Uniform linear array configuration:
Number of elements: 64
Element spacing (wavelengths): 0.75
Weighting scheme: binomial
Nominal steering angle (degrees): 15
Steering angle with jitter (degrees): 15.095
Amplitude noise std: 0.05
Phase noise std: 0.05

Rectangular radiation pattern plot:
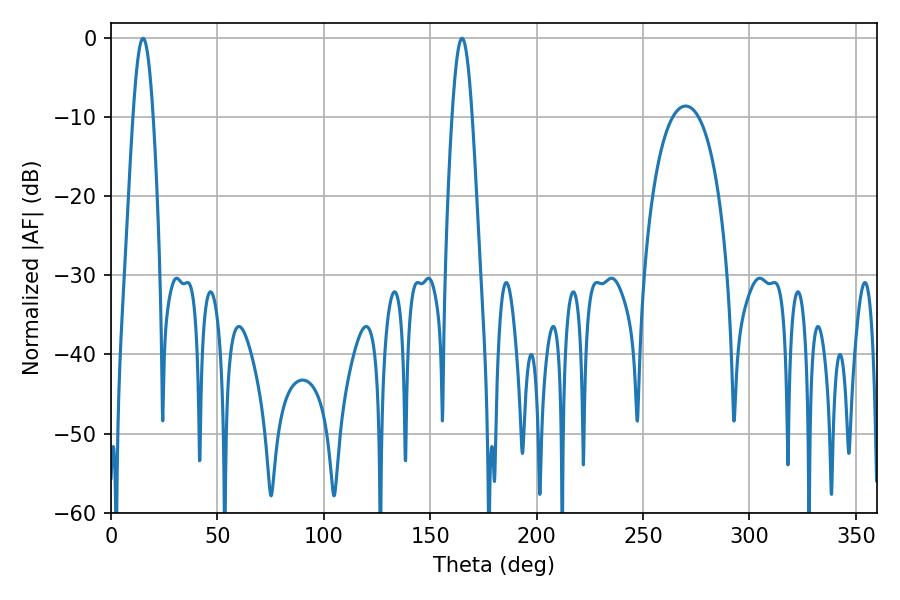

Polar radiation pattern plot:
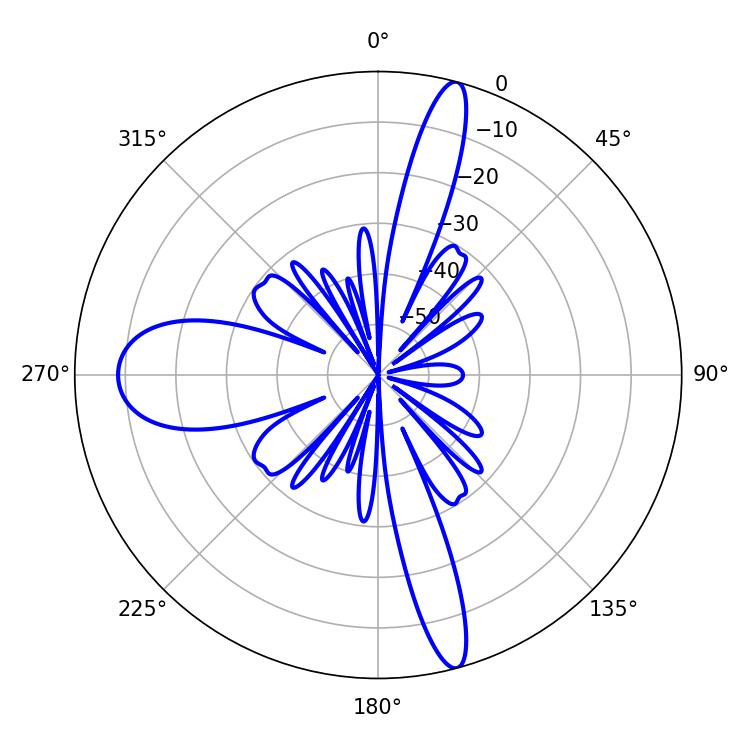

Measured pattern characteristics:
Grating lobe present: TRUE
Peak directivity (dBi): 24.41
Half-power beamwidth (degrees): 5.04
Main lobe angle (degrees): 15.12